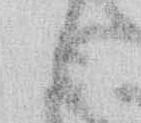
候